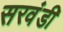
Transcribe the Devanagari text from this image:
सरवंडी